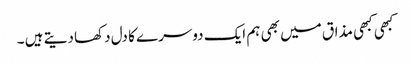
کبھی کبھی مذاق میں بھی ہم ایک دوسرے کا دل دکھا دیتے ہیں ۔